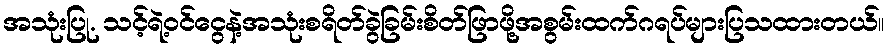
အသုံးပြု. သင့်ရဲ့ဝင်ငွေနဲ့အသုံးစရိတ်ခွဲခြမ်းစိတ်ဖြာဖို့အစွမ်းထက်ဂရပ်များပြသထားတယ်။